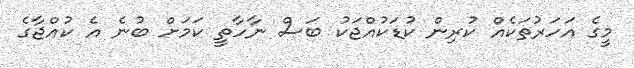
މީގެ އަހަރުތަކެއް ކުރިން ކުޑަކުއްޖަކު ބަސް ނާހާތީ ކަމަށް ބުނެ އެ ކުއްޖާގެ